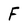
Character: f